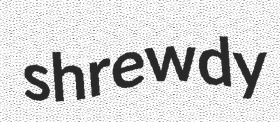
shrewdy